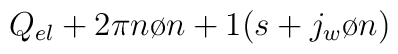
Q_{el} + {{2\pi n}\o {n+1}} (s+{{j_{w}}\o n})